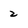
Character: 2